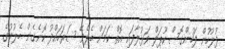
ފުލުހުން ފަހުންގޮސް ކޫޕަލް ވަޅުލާފައި އޮތް ކަމަށް ބެލެވޭ ސަރަހައްދު ކޮނެގެން ބެލުމުގެ